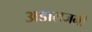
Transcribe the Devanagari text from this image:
अडालजनी